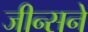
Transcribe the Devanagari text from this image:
जीन्सने